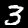
Label: 3